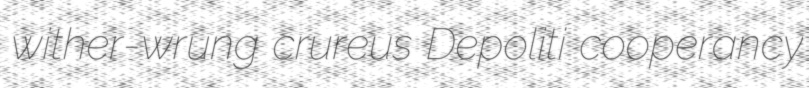
wither-wrung crureus Depoliti cooperancy